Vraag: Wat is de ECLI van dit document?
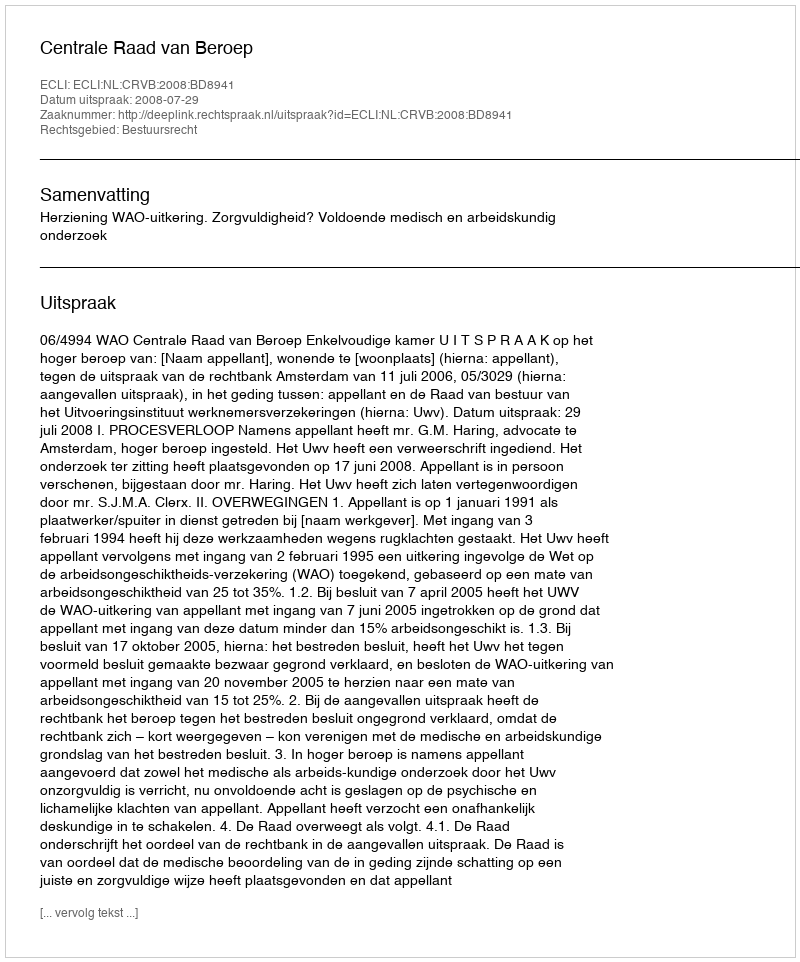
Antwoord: ECLI:NL:CRVB:2008:BD8941